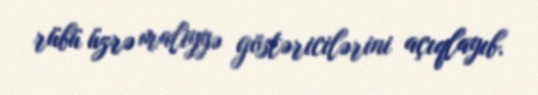
rübü üzrə maliyyə göstəricilərini açıqlayıb.